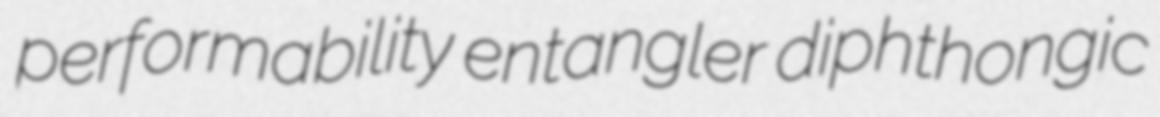
performability entangler diphthongic